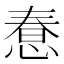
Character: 惷